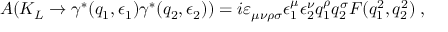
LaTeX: A ( K _ { L } \to \gamma ^ { \ast } ( q _ { 1 } , \epsilon _ { 1 } ) \gamma ^ { \ast } ( q _ { 2 } , \epsilon _ { 2 } ) ) = i \varepsilon _ { \mu \nu \rho \sigma } \epsilon _ { 1 } ^ { \mu } \epsilon _ { 2 } ^ { \nu } q _ { 1 } ^ { \rho } q _ { 2 } ^ { \sigma } F ( q _ { 1 } ^ { 2 } , q _ { 2 } ^ { 2 } ) \; ,